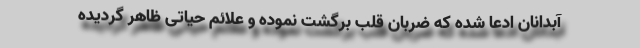
آبدانان ادعا شده که ضربان قلب برگشت نموده و علائم حیاتی ظاهر گردیده